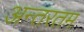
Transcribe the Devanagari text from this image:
अन्तरतम